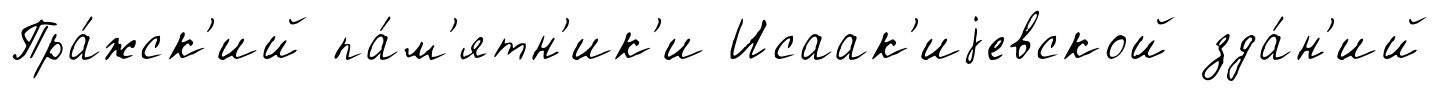
Пра́жск'ий па́м'ятн'ик'и Исаак'иjевской зда́н'ий